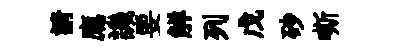
請廌譏要觧列戊砂嘶